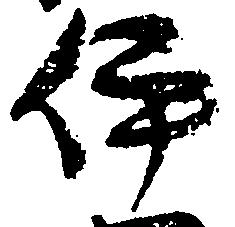
伊